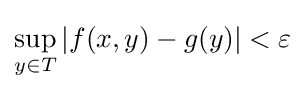
\sup _{y\in T}|f(x,y)-g(y)|<\varepsilon